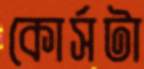
কোর্সটা